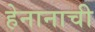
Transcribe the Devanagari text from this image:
हेनानाची